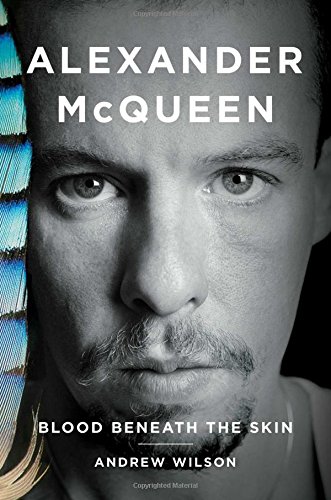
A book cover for Alexander McQueen: Blood Beneath the Skin; Andrew Wilson; Gay & Lesbian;